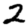
Digit: 2